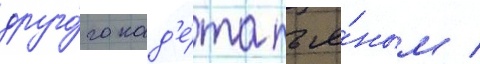
друго́го кад'е́та пья́ным /